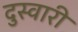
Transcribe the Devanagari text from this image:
दुस्वारी